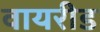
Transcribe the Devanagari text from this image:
वायरीड